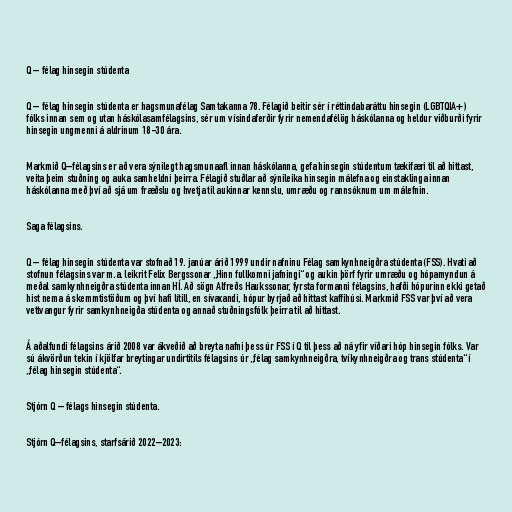
Q – félag hinsegin stúdenta

Q – félag hinsegin stúdenta er hagsmunafélag Samtakanna 78. Félagið beitir sér í réttindabaráttu hinsegin (LGBTQIA+)
fólks innan sem og utan háskólasamfélagsins, sér um vísindaferðir fyrir nemendafélög háskólanna og heldur viðburði fyrir
hinsegin ungmenni á aldrinum 18-30 ára.

Markmið Q–félagsins er að vera sýnilegt hagsmunaafl innan háskólanna, gefa hinsegin stúdentum tækifæri til að hittast,
veita þeim stuðning og auka samheldni þeirra. Félagið stuðlar að sýnileika hinsegin málefna og einstaklinga innan
háskólanna með því að sjá um fræðslu og hvetja til aukinnar kennslu, umræðu og rannsóknum um málefnin.

Saga félagsins.

Q – félag hinsegin stúdenta var stofnað 19. janúar árið 1999 undir nafninu Félag samkynhneigðra stúdenta (FSS). Hvati að
stofnun félagsins var m.a. leikrit Felix Bergssonar „Hinn fullkomni jafningi“ og aukin þörf fyrir umræðu og hópamyndun á
meðal samkynhneigðra stúdenta innan HÍ. Að sögn Alfreðs Haukssonar, fyrsta formanni félagsins, hafði hópurinn ekki getað
hist nema á skemmtistöðum og því hafi lítill, en sívaxandi, hópur byrjað að hittast kaffihúsi. Markmið FSS var því að vera
vettvangur fyrir samkynhneigða stúdenta og annað stuðningsfólk þeirra til að hittast.

Á aðalfundi félagsins árið 2008 var ákveðið að breyta nafni þess úr FSS í Q til þess að ná yfir víðari hóp hinsegin fólks. Var
sú ákvörðun tekin í kjölfar breytingar undirtitils félagsins úr „félag samkynhneigðra, tvíkynhneigðra og trans stúdenta“ í
„félag hinsegin stúdenta“.

Stjórn Q – félags hinsegin stúdenta.

Stjórn Q–félagsins, starfsárið 2022–2023: